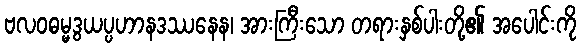
ဗလဝဓမ္မဒွယပ္ပဟာနဒဿနေန၊ အားကြီးသော တရားနှစ်ပါးတို့၏ အပေါင်းကို